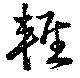
輕